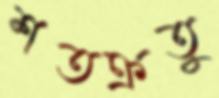
শতক্রতু